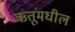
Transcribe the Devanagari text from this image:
ऋतूंमधील